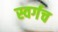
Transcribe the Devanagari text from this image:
स्वर्गच